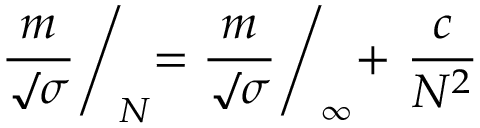
{ \frac { m } { \surd \sigma } } \Biggl / _ { \! N } = { \frac { m } { \surd \sigma } } \Biggl / _ { \! \infty } + \ { \frac { c } { N ^ { 2 } } }